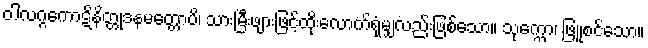
ဝါလဂ္ဂကောဋိနိတ္တုဒနမတ္တောပိ၊ သားမြီးဖျားဖြင့်ထိုးလောက်ရုံမျှလည်းဖြစ်သော။ သုက္ကော၊ ဖြူစင်သော။